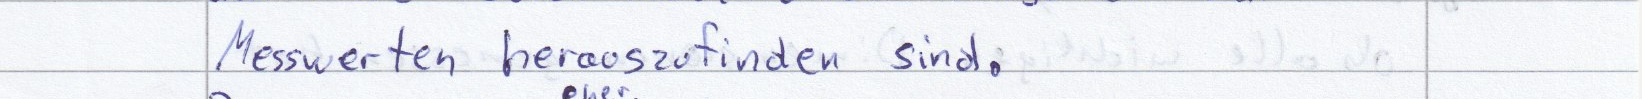
Messwerten herauszufinden sind.